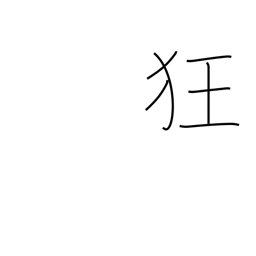
Meaning: crazy